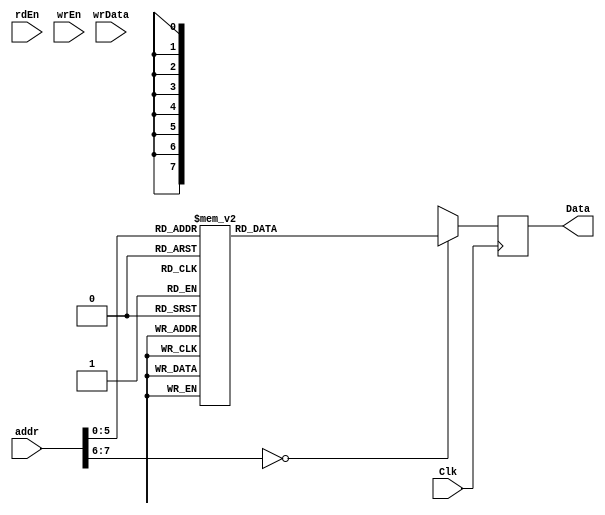
module InstrucMemoryHardcoded (Clk, rdEn, wrEn, addr, wrData, Data);
	parameter WIDTH = 8;
	parameter DEPTH = 256;
	input Clk;
	input rdEn, wrEn;
	input [WIDTH-1:0] wrData;
	input [7:0] addr;
	output [WIDTH-1:0] Data;
	reg [WIDTH-1:0] data_out;
	always @ (posedge Clk)
		begin : INST_MEMORY
			case (addr)
				8'h0: data_out <= 32'h0c_00_09_xx; 
				8'h1: data_out <= 32'h0c_01_04_xx; 
				8'h2: data_out <= 32'h0c_02_00_xx; 
				8'h3: data_out <= 32'h0c_c0_00_xx; 
				8'h4: data_out <= 32'h0c_c1_01_xx; 
				8'h5: data_out <= 32'h0c_c4_04_xx; 
				8'h6: data_out <= 32'h08_10_xx_xx; 
				8'h10: data_out <= 32'h01_00_00_01; 
				8'h11: data_out <= 32'h0b_14_00_xx; 
				8'h12: data_out <= 32'h00_02_02_c1; 
				8'h13: data_out <= 32'h08_10_xx_xx; 
				8'h14: data_out <= 32'h00_03_00_01; 
				8'h15: data_out <= 32'h0d_fa_03_xx; 
				8'h16: data_out <= 32'h02_fb_03_c4; 
				8'h17: data_out <= 32'h0d_fc_02_xx; 
				8'h18: data_out <= 32'h02_fd_02_c4; 
				8'h19: data_out <= 32'h0f_xx_xx_xx; 
				8'h20: data_out <= 32'h09_22_e4_xx; 
				8'h21: data_out <= 32'h0d_00_e0_xx; 
				8'h22: data_out <= 32'h09_24_e1_xx; 
				8'h23: data_out <= 32'h0d_01_e0_xx; 
				8'h24: data_out <= 32'h0d_fa_01_xx; 
				8'h25: data_out <= 32'h02_fb_01_c4; 
				8'h26: data_out <= 32'h0d_fc_00_xx; 
				8'h27: data_out <= 32'h02_fd_00_c4; 
				8'h28: data_out <= 32'h0a_10_e3_xx; 
				8'h29: data_out <= 32'h08_20_xx_xx; 
				default: data_out <= 32'hxx_xx_xx_xx;
			endcase
		end
		assign Data = data_out;
endmodule